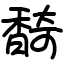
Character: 䭲